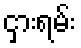
ငှားရမ်း